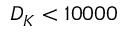
D _ { K } < 1 0 0 0 0